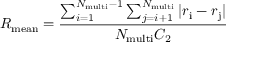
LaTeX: { R _ { \mathrm { m e a n } } } = { \frac { \sum _ { i = 1 } ^ { { N _ { \mathrm { m u l t i } } } - 1 } \sum _ { j = i + 1 } ^ { N _ { \mathrm { m u l t i } } } | { r _ { \mathrm { i } } } - { r _ { \mathrm { j } } } | } { { N _ { \mathrm { m u l t i } } } { C _ { \mathrm { 2 } } } } }